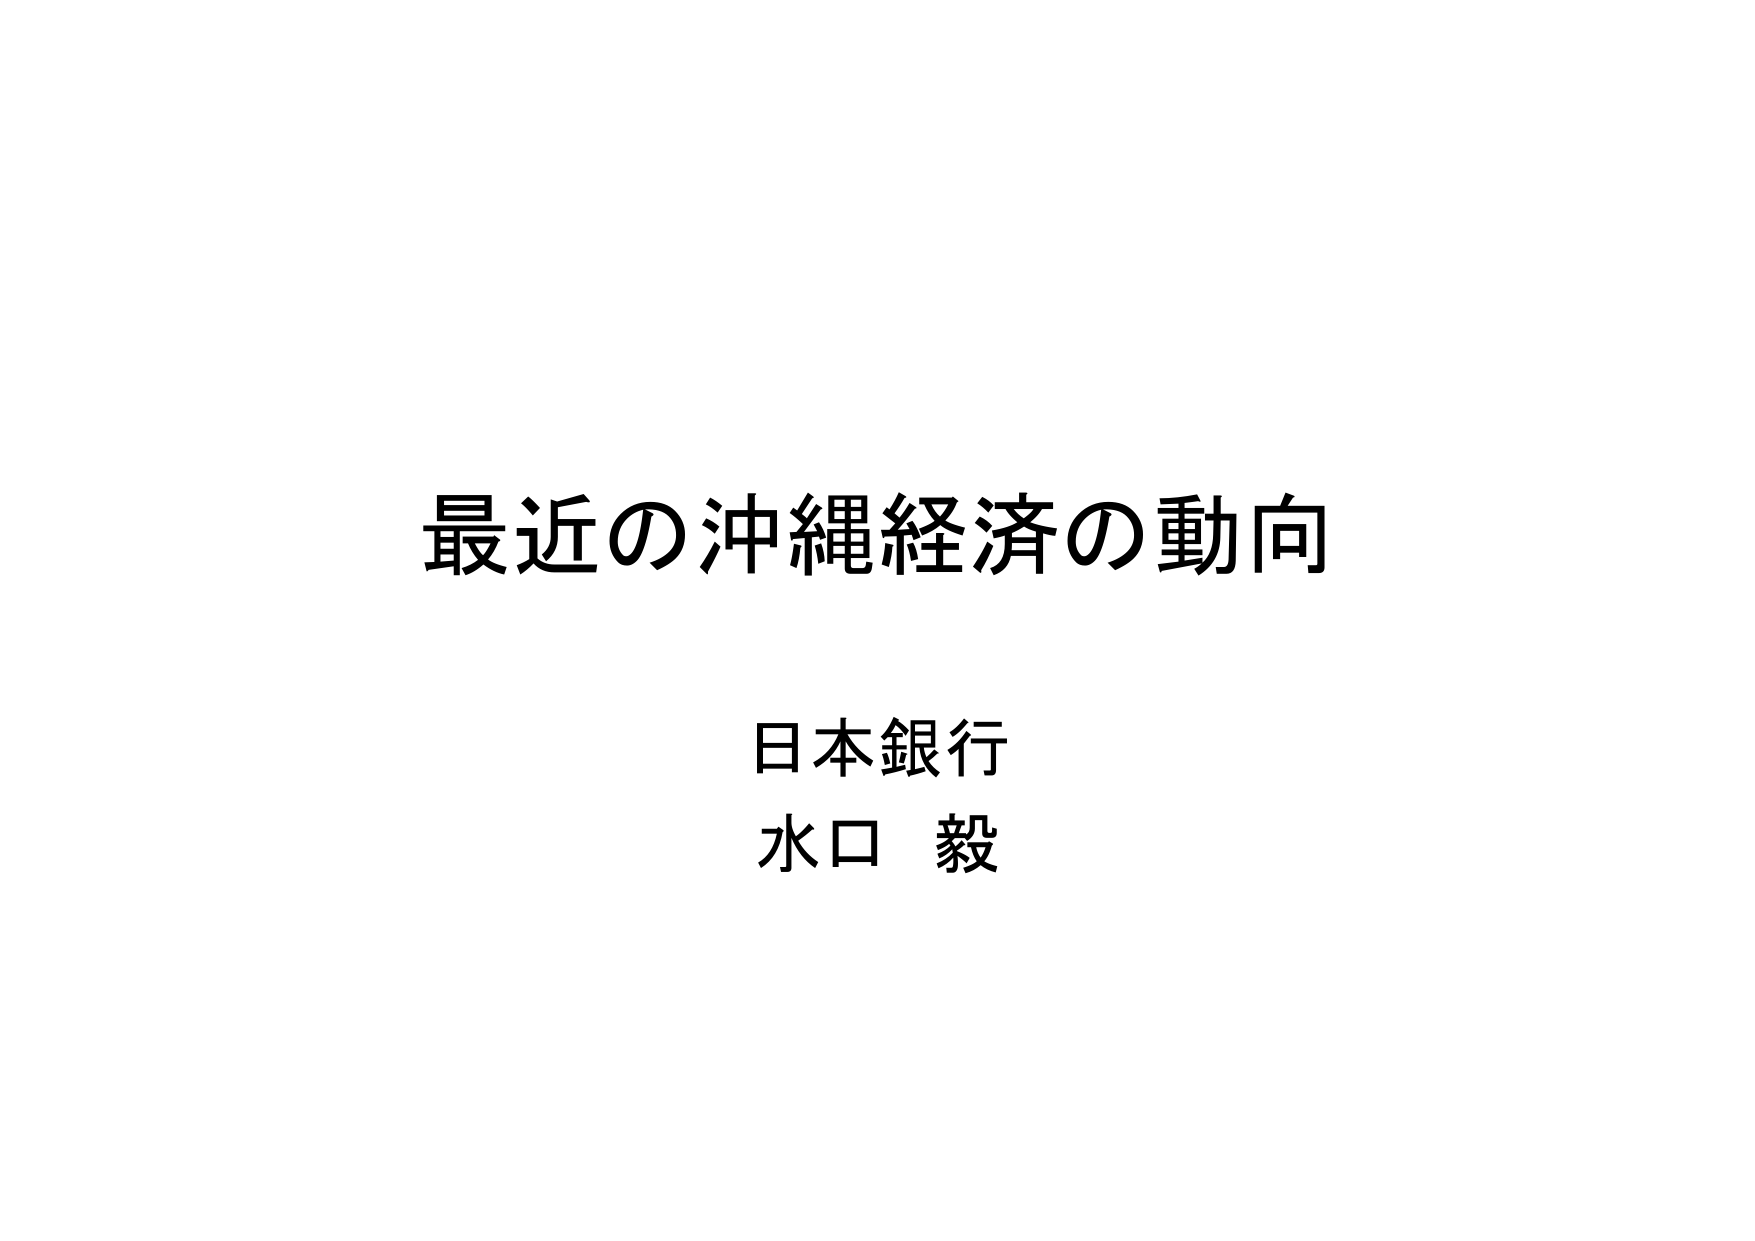
最近の沖縄経済の動向
日本銀行
水口 毅